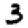
Digit: 3